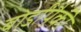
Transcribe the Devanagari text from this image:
बोर्डांपैकी